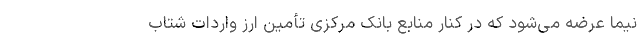
نیما عرضه می‌شود که در کنار منابع بانک مرکزی تأمین ارز واردات شتاب